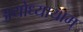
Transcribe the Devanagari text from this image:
अयोध्यायाम्